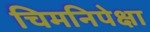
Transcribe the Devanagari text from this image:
चिमनिपेक्षा